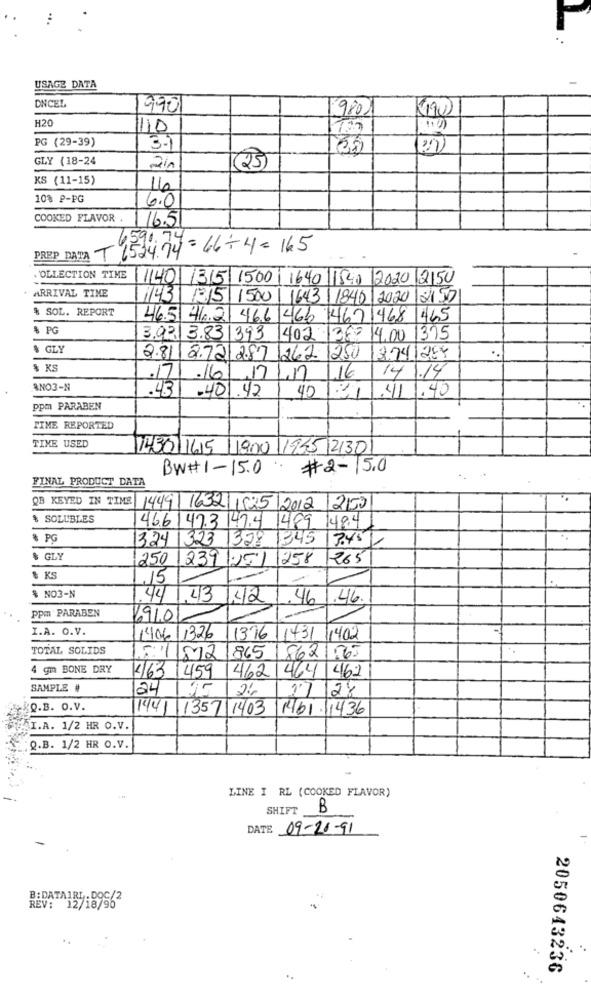
USAGE DATA
DNCEL
1990
980)
490
H20
1110
PG (29-39)
3.1
GLY (18-24
KS (11-15)
10% P-PG
6.0
COOKED FLAVOR .
16.5
6.590.74
PREP DATA T 6524.74-66-4-165
. OLLECTION TIME
140 1315 1500 1640 1540 2020 2150
ARRIVAL TIME
11431 1315 1500 1643 1840 2020 2150
& SOL. REPORT
46.5 46.2 46.6 466 467 468 445
$ PG
3.02 3.831393 402 1360 14.00 1375
& GLY
2.81 2.72 287 262 1250
2741288
$ KS
.17
.16
141.14
16.17
ANO3-N
.43
.401.42
40
41
1.40
ppm PARABEN
TIME REPORTED
TINE USED
1430 16/5/ 1900 1955 2130
BW#1-15.0
#2-15.0
FINAL PRODUCT DATA
QB KEYED IN TIME
449| 1632 1525/2012 200
$ SOLUBLES
46.6147.3 147.4 1489 1484
& PG
324 323 1328 1345
3.45
& GLY
250
239 251
258
265
& KS
,15
% NO3-N
44
43
142
.46
.46
Ppm PARABEN
6910
I.A. O.V.
14/06/1326
11376
1431 1402
TOTAL SOLIDS
512
865
8621563
4 gm BONE DRY
462 464 462
463 459
SAMPLE #
24
24
128
Q.B. O.V.
1441 1357 1403
1461 .11436
I.A. 1/2 HR O.V.
Q.B. 1/2 HR O.V.
LINE I RL (COOKED FLAVOR)
SHIFT
B
DATE 09-20-91
B:DATAIRI.DOC/2
REV: 12/18/90
2050643236